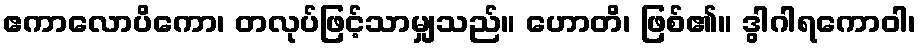
ဧကာလောပိကော၊ တလုပ်ဖြင့်သာမျှသည်။ ဟောတိ၊ ဖြစ်၏။ ဒွါဂါရကောဝါ၊